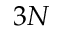
3 N